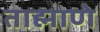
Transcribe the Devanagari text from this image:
ताह्माणे